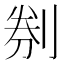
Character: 㓬